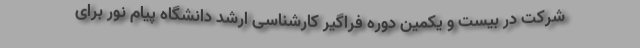
شرکت در بیست و یکمین دوره فراگیر کارشناسی ارشد دانشگاه پیام نور برای